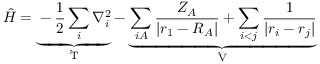
\hat { H } = \underbrace { - \frac { 1 } { 2 } \sum _ { i } \nabla _ { i } ^ { 2 } } _ { \mathrm { ~ \hat { T } ~ } } - \underbrace { \sum _ { i A } \frac { Z _ { A } } { | \boldsymbol { r } _ { 1 } - \boldsymbol { R } _ { A } | } + \sum _ { i < j } \frac { 1 } { | \boldsymbol { r } _ { i } - \boldsymbol { r } _ { j } | } } _ { \mathrm { ~ \hat { V } ~ } }